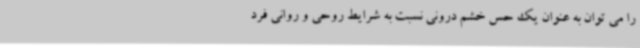
را می توان به عنوان یک حس خشم درونی نسبت به شرایط روحی و روانی فرد